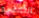
النفسيه